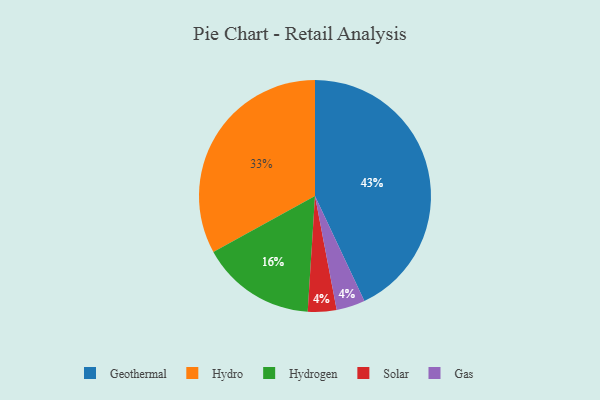
{"axis": {"x": "Category", "y": "Percentage"}, "legend": ["Gas", "Geothermal", "Hydro", "Hydrogen", "Solar"], "data": [{"x": "Geothermal", "y": 43, "type": "Geothermal"}, {"x": "Hydrogen", "y": 16, "type": "Hydrogen"}, {"x": "Solar", "y": 4, "type": "Solar"}, {"x": "Gas", "y": 4, "type": "Gas"}, {"x": "Hydro", "y": 33, "type": "Hydro"}]}